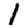
Digit: 1